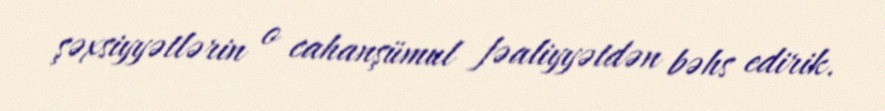
şəxsiyyətlərin o cahanşümul fəaliyyətdən bəhs edirik.